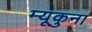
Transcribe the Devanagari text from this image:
म्यूकुना